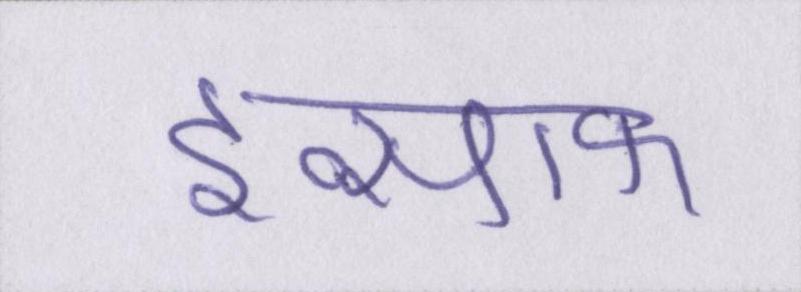
इन्साफ